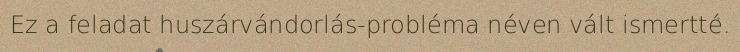
Ez a feladat huszárvándorlás-probléma néven vált ismertté.